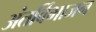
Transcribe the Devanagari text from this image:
अंतर्विभाजन